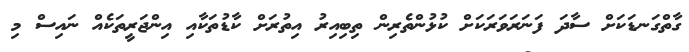
ގާތްގަނޑަކަށް ސާދަ ފަނަރަވަރަކަށް ކުޅުންތެރިން ތިބިއިރު އިތުރަށް ކާޑުތަކާއި އިންޖަރީތަކެއް ނައިސް މި